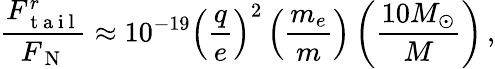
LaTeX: \frac{F_{\mathrm{~t~a~i~l~}}^{r}}{F_{\mathrm{~N~}}}\approx 10^{-19}\left(\frac{q}{e}\right)^{2}\left(\frac{m_{e}}{m}\right)\left(\frac{10M_{\odot}}{M}\right)\, ,